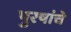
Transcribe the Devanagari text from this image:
पुरषांचे